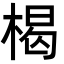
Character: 楬